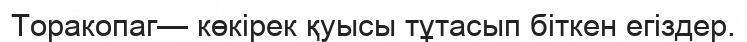
Торакопаг— көкірек қуысы тұтасып біткен егіздер.